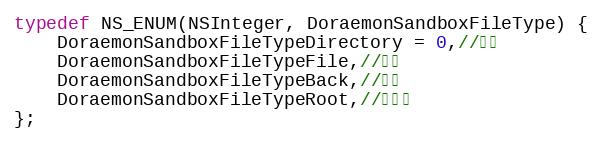
Language: C
typedef NS_ENUM(NSInteger, DoraemonSandboxFileType) {
    DoraemonSandboxFileTypeDirectory = 0,//目录
    DoraemonSandboxFileTypeFile,//文件
    DoraemonSandboxFileTypeBack,//返回
    DoraemonSandboxFileTypeRoot,//根目录
};